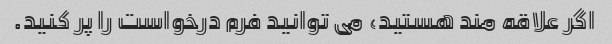
اگر علاقه مند هستید، می توانید فرم درخواست را پر کنید.